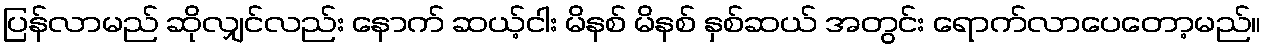
ပြန်လာမည် ဆိုလျှင်လည်း နောက် ဆယ့်ငါး မိနစ် မိနစ် နှစ်ဆယ် အတွင်း ရောက်လာပေတော့မည်။